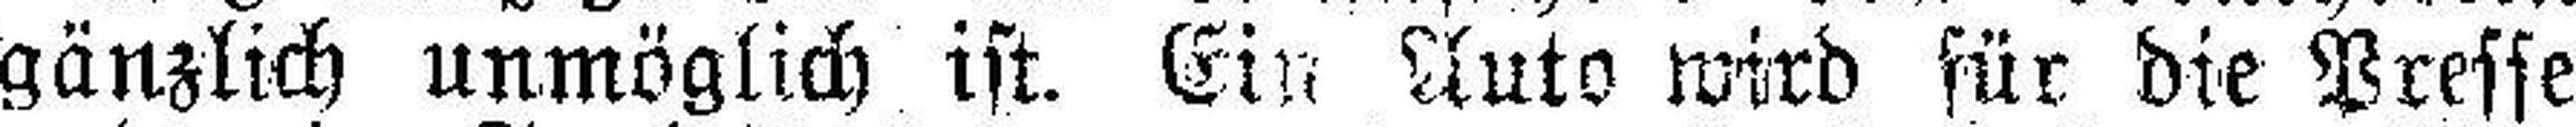
gänzlich unmöglich ist. Ein Auto wird für die Presse